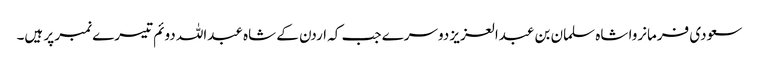
سعودی فرمانروا شاہ سلمان بن عبدالعزیز دوسرے جب کہ اردن کے شاہ عبداللہ دوئم تیسرے نمبر پر ہیں۔